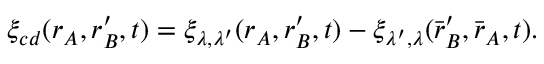
\xi _ { c d } ( \boldsymbol { r } _ { A } , \boldsymbol { r } _ { B } ^ { \prime } , t ) = \xi _ { \lambda , \lambda ^ { \prime } } ( \boldsymbol { r } _ { A } , \boldsymbol { r } _ { B } ^ { \prime } , t ) - \xi _ { \lambda ^ { \prime } , \lambda } ( \bar { \boldsymbol { r } } _ { B } ^ { \prime } , \bar { \boldsymbol { r } } _ { A } , t ) .